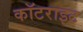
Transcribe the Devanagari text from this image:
कॉटराइट